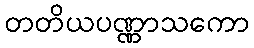
တတိယပဏ္ဏာသကော